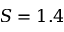
S = 1 . 4